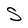
Character: S